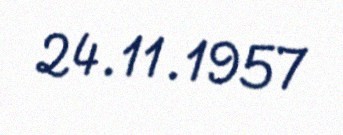
24.11.1957